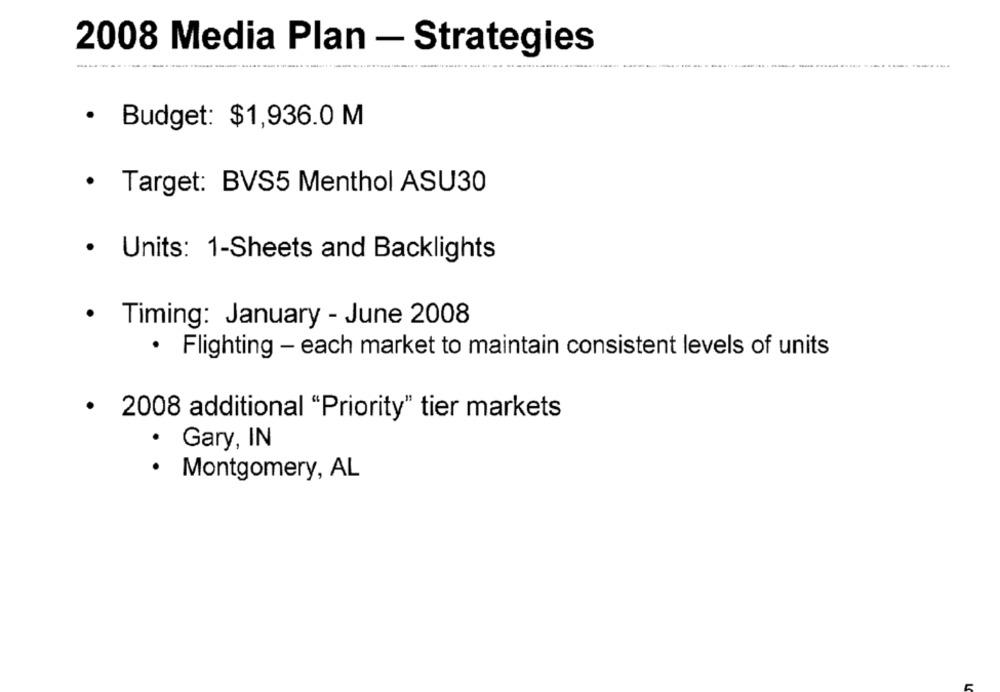
2008 Media Plan - Strategies
-
· Budget: $1,936.0 M
· Target: BVS5 Menthol ASU30
· Units: 1-Sheets and Backlights
· Timing: January - June 2008
· Flighting - each market to maintain consistent levels of units
· 2008 additional "Priority" tier markets
· Gary, IN
.
Montgomery, AL